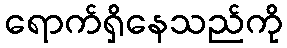
ရောက်ရှိနေသည်ကို